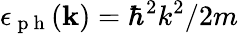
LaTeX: \epsilon_{\mathrm{~p~h~}}(\mathbf{k})=\hbar^{2}k^{2}/2m